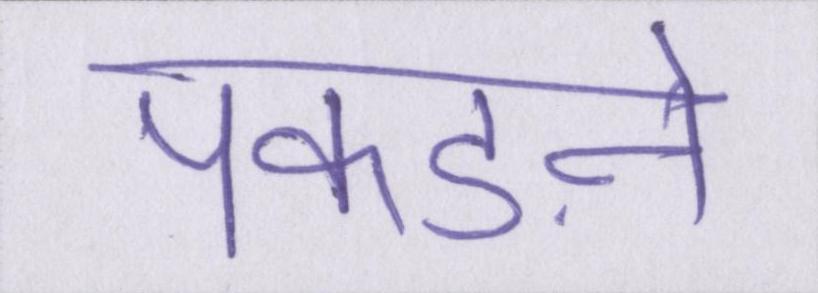
पकड़ने